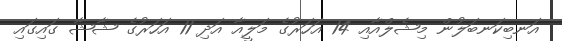
އަނބިކަނބަލުން މިޝެލްއާއި 14 އަހަރުގެ މަލީއާ އަދި 11 އަހަރުގެ ޝާޝާ ގައިގައި